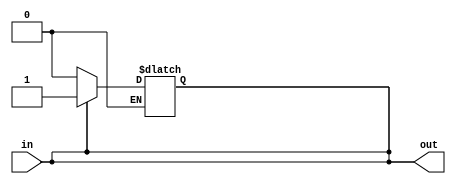
module io_buffer(input wire in, output reg out);

// Input buffer with high impedance
assign out = in;

// Output buffer with protection circuitry
always @(in) begin
    if (in == 1'b1)
        out <= 1'b1;
    else if (in == 1'b0)
        out <= 1'b0;
end

endmodule